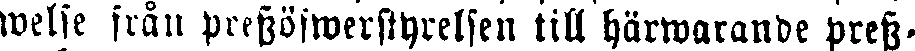
welse från Pressöfwerstyrelsen till härwarande press.